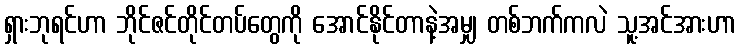
ရှားဘုရင်ဟာ ဘိုင်ဇင်တိုင်တပ်တွေကို အောင်နိုင်တာနဲ့အမျှ တစ်ဘက်ကလဲ သူ့အင်အားဟာ